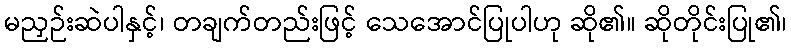
မညှဉ်းဆဲပါနှင့်၊ တချက်တည်းဖြင့် သေအောင်ပြုပါဟု ဆို၏။ ဆိုတိုင်းပြု၏၊